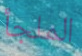
الملجأ